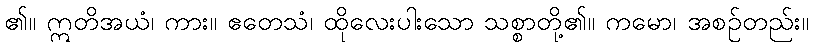
၏။ ဣတိအယံ၊ ကား။ ဧတေသံ၊ ထိုလေးပါးသော သစ္စာတို့၏။ ကမော၊ အစဉ်တည်း။